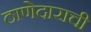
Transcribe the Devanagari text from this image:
ठाणेदाराची